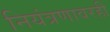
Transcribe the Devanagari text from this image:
नियंत्रणावरही